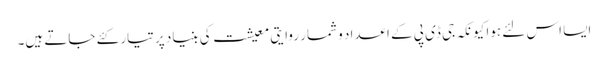
ایسا اس لئے ہوا کیونکہ جی ڈی پی کے اعداد و شمار روایتی معیشت کی بنیاد پر تیار کئے جاتے ہیں۔